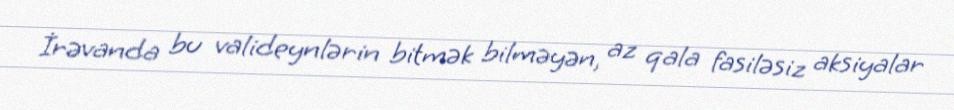
İrəvanda bu valideynlərin bitmək bilməyən, az qala fasiləsiz aksiyalar